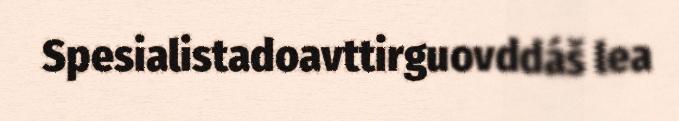
Spesialistadoavttirguovddáš lea